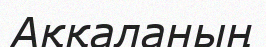
Аққаланың